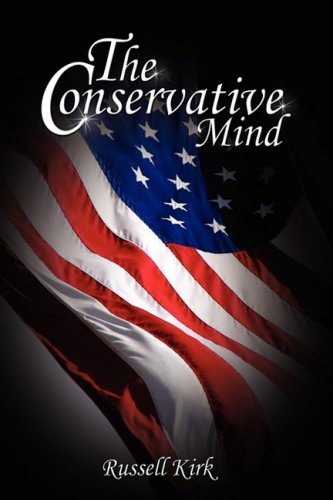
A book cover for The Conservative Mind: From Burke to Eliot; Russell Kirk; Children's Books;